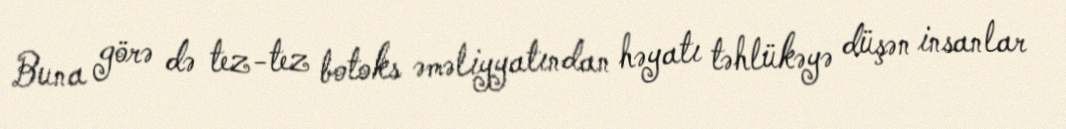
Buna görə də tez-tez botoks əməliyyatından həyatı təhlükəyə düşən insanlar